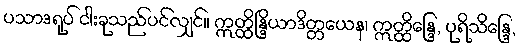
ပသာဒရုပ် ငါးခုသည်ပင်လျှင်။ ဣတ္ထိန္ဒြိယာဒိတ္တယေန၊ ဣတ္ထိန္ဒြေ, ပုရိသိန္ဒြေ,